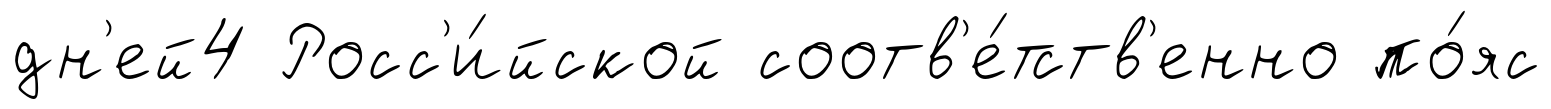
дн'ей4 Росс'и́йской соотв'е́тств'енно по́яс